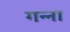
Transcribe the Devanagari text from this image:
गन्‍ना